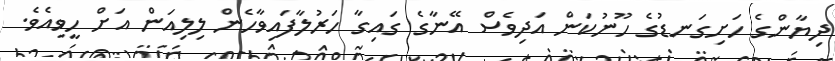
ދިޔާންގެ ހަށިގަނޑުގެ ހޫނުކަން އަދިވެސް އޭނާގެ ގައިގާ ހަރުލާފައިވާހެން ލިލިއަން އަށް ހީވިއެވެ.